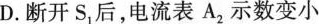
D.断开S_{1}后，电流表A_{2}示数变小